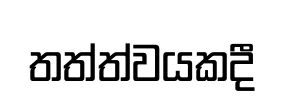
තත්ත්වයකදී